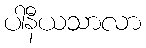
ပါနီယသာလာ